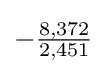
-{\tfrac {8,372}{2,451}}